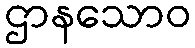
ဌာနသောဝ